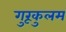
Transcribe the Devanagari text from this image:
गुरूकुलम